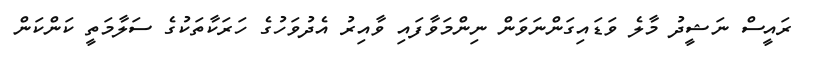
ރައީސް ނަޝީދު މާލެ ވަޑައިގަންނަވަން ނިންމަވާފައި ވާއިރު އެދުވަހުގެ ހަރަކާތަކުގެ ސަލާމަތީ ކަންކަން